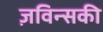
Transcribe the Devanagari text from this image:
ज़विन्सकी